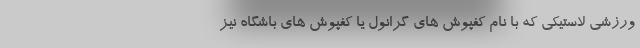
ورزشی لاستیکی که با نام کفپوش های گرانول یا کفپوش های باشگاه نیز